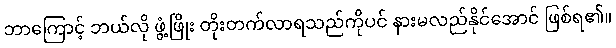
ဘာကြောင့် ဘယ်လို ဖွံ့ဖြိုး တိုးတက်လာရသည်ကိုပင် နားမလည်နိုင်အောင် ဖြစ်ရ၏။